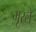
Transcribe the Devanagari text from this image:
मूरले